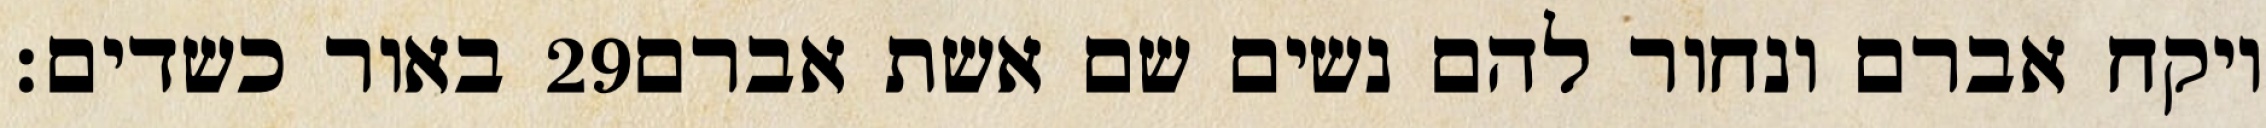
באור כשדים׃ ‎29‏ ויקח אברם ונחור להם נשים שם אשת אברם